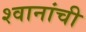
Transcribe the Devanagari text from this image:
श्वानांची